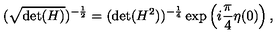
( \sqrt { \mathrm { d e t } ( H ) } ) ^ { - \frac { 1 } { 2 } } = ( \mathrm { d e t } ( H ^ { 2 } ) ) ^ { - \frac { 1 } { 4 } } \exp \left( i \frac { \pi } { 4 } \eta ( 0 ) \right) ,